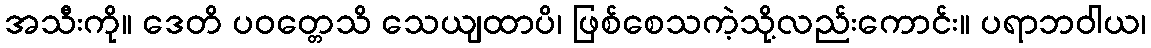
အသီးကို။ ဒေတိ ပဝတ္တေသိ သေယျထာပိ၊ ဖြစ်စေသကဲ့သို့လည်းကောင်း။ ပရာဘဝါယ၊